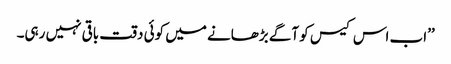
’’اب اس کیس کو آگے بڑھانے میں کوئی دقت باقی نہیں رہی۔